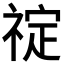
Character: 𬓆